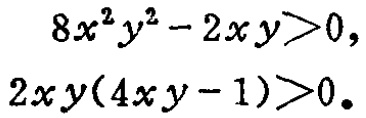
\[

\begin{align*}

8x^{2}y^{2}-2xy&>0,\\

2xy(4xy - 1)&>0.

\end{align*}

\]